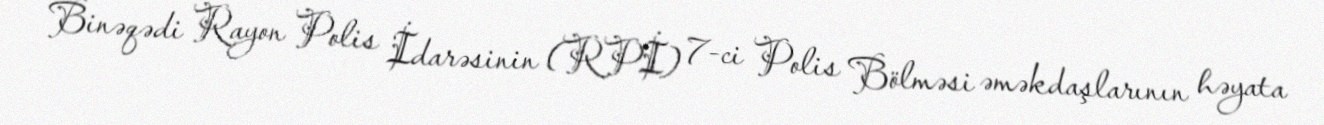
Binəqədi Rayon Polis İdarəsinin (RPİ) 7-ci Polis Bölməsi əməkdaşlarının həyata